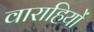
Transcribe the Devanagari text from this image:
वाराहियों